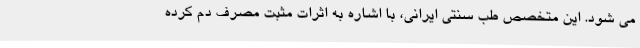
می شود. این متخصص طب سنتی ایرانی، با اشاره به اثرات مثبت مصرف دم کرده